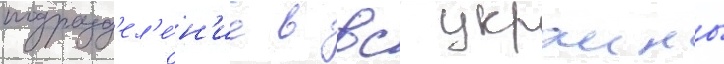
подразд'ел'е́н'ие в вс украины